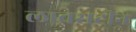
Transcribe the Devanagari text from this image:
लावसटीन